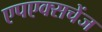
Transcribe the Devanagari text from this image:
एपएक्सचेंज